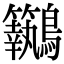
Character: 𪈢